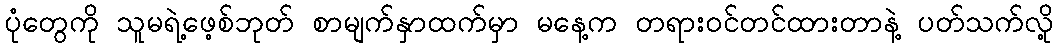
ပုံတွေကို သူမရဲ့ဖေ့စ်ဘုတ် စာမျက်နှာထက်မှာ မနေ့က တရားဝင်တင်ထားတာနဲ့ ပတ်သက်လို့